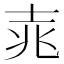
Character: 𮰲